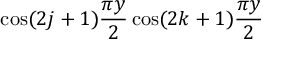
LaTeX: \cos ( 2 j + 1 ) { \frac { \pi y } { 2 } } \cos ( 2 k + 1 ) { \frac { \pi y } { 2 } }